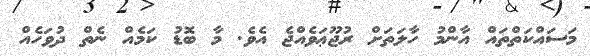
މަސައްކަތްތައް އާންމު ހާލަތަށް ރުޖޫޢަވެއްޖެ އެވެ. މާ ބޮޑު ކަމެއް ނެތް ދުވަހެއް